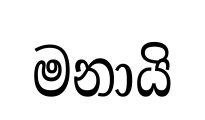
මනායි